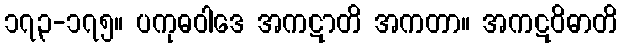
၁၇၃-၁၇၅။ ပကုဓဝါဒေ အကဋာတိ အကတာ။ အကဋဝိဓာတိ